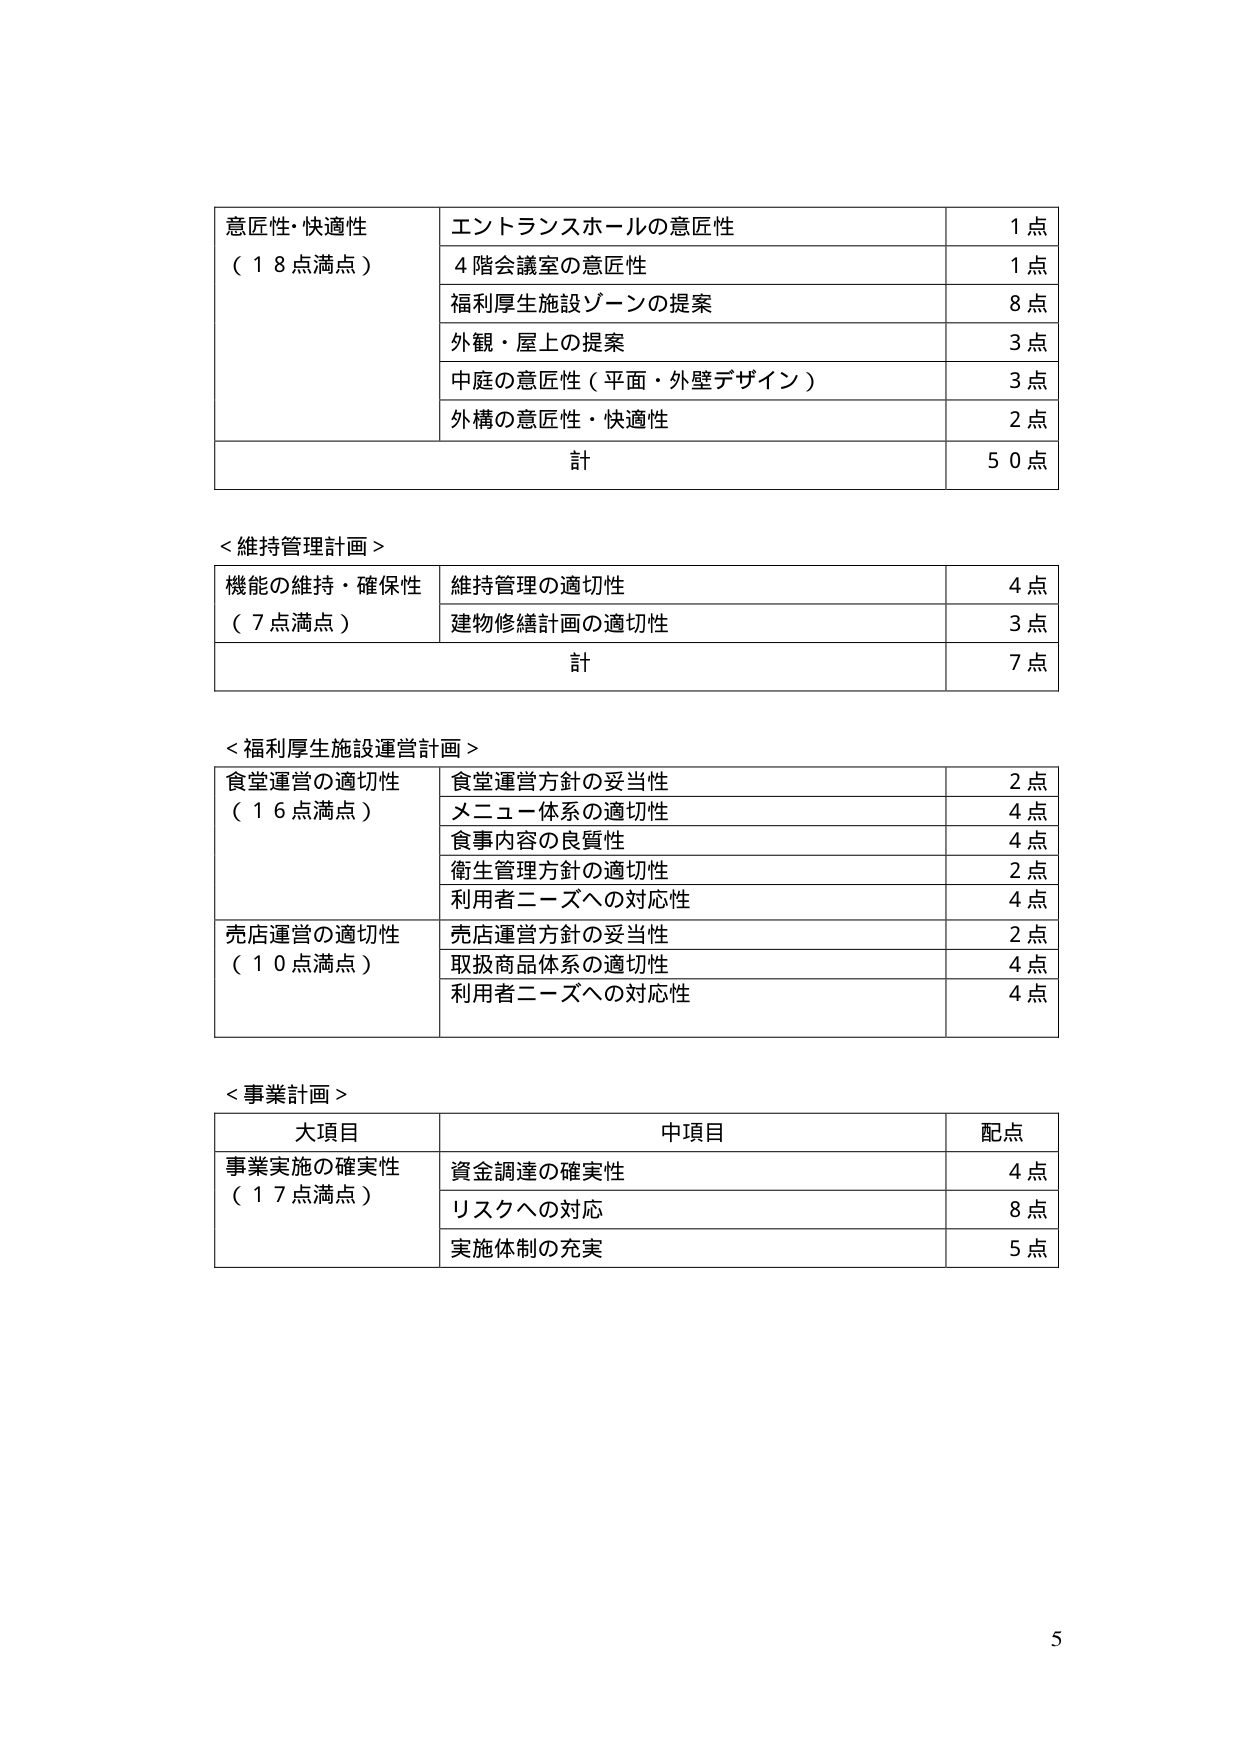
意匠性・快適性
（１８点満点）
エントランスホールの意匠性
１点
４階会議室の意匠性
１点
福利厚生施設ゾーンの提案
８点
外観・屋上の提案
３点
中庭の意匠性（平面・外壁デザイン）
３点
外構の意匠性・快適性
２点
計
５０点

＜維持管理計画＞
機能の維持・確保性
（７点満点）
維持管理の適切性
４点
建物修繕計画の適切性
３点
計
７点

＜福利厚生施設運営計画＞
食堂運営の適切性
（１６点満点）
食堂運営方針の妥当性
２点
メニュー体系の適切性
４点
食事内容の良質性
４点
衛生管理方針の適切性
２点
利用者ニーズへの対応性
４点
売店運営の適切性
（１０点満点）
売店運営方針の妥当性
２点
取扱商品体系の適切性
４点
利用者ニーズへの対応性
４点

＜事業計画＞
大項目
中項目
配点
事業実施の確実性
（１７点満点）
資金調達の確実性
４点
リスクへの対応
８点
実施体制の充実
５点

5